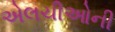
એલચીઓની